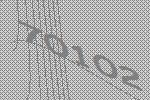
70102